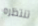
تنتظره